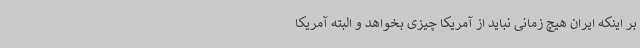
بر اینکه ایران هیچ زمانی نباید از آمریکا چیزی بخواهد و البته آمریکا